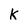
Character: k